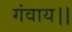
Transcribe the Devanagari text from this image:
गंवाय।।